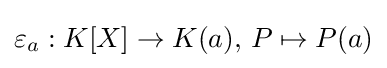
\varepsilon _{a}:K[X]\rightarrow K(a),\,P\mapsto P(a)